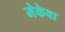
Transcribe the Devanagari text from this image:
मेकेवा